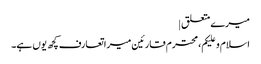
میرے متعلق |
اسلام و علیکم، محترم قارئین میرا تعارف کچھ یوں ہے۔